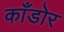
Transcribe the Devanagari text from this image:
काँडोर